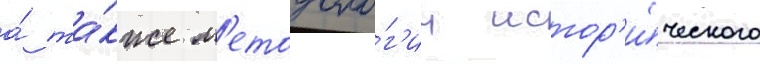
а́ та́кже м'етодоло́г'ии истор'и́ческого